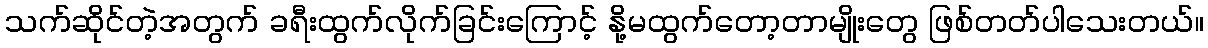
သက်ဆိုင်တဲ့အတွက် ခရီးထွက်လိုက်ခြင်းကြောင့် နို့မထွက်တော့တာမျိုးတွေ ဖြစ်တတ်ပါသေးတယ်။